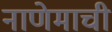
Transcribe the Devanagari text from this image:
नाणेमाची